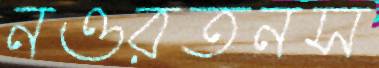
নওরতনস